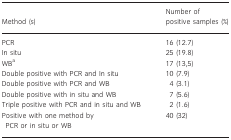
<table><thead><tr><td><b>Method (s)</b></td><td><b>Number of positive samples (%)</b></td></tr></thead><tbody><tr><td>PCR</td><td>16 (12.7)</td></tr><tr><td>In situ</td><td>25 (19.8)</td></tr><tr><td>WBa</td><td>17 (13,5)</td></tr><tr><td>Double positive with PCR and In situ</td><td>10 (7.9)</td></tr><tr><td>Double positive with PCR and WB</td><td>4 (3.1)</td></tr><tr><td>Double positive with in situ and WB</td><td>7 (5.6)</td></tr><tr><td>Triple positive with PCR and in situ and WB</td><td>2 (1.6)</td></tr><tr><td>Positive with one method by PCR or in situ or WB</td><td>40 (32)</td></tr></tbody></table>